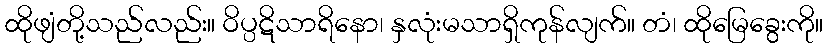
ထိုဖျံတို့သည်လည်း။ ဝိပ္ပဋိသာရိနော၊ နှလုံးမသာရှိကုန်လျက်။ တံ၊ ထိုမြေခွေးကို။